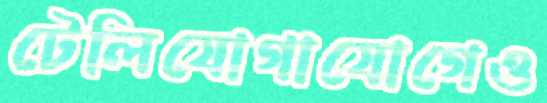
টেলিযোগাযোগেও